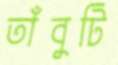
তাঁবুটি